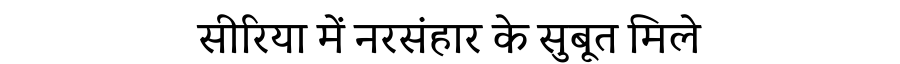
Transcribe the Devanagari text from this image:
सीरिया में नरसंहार के सुबूत मिले